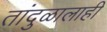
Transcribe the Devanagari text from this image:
तांदुळालाही